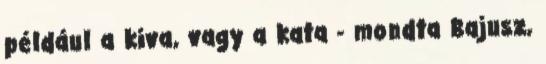
például a kiva, vagy a kata - mondta Bajusz,